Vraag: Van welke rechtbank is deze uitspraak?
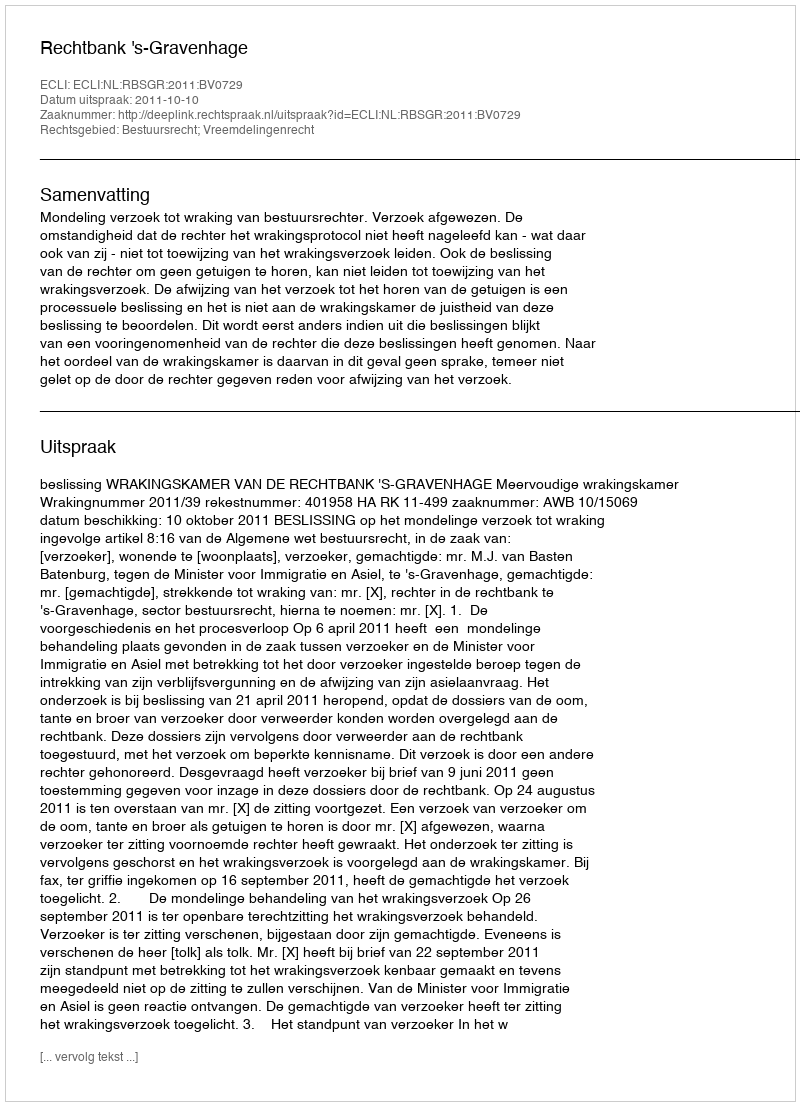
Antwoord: Rechtbank 's-Gravenhage